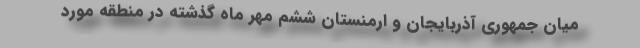
میان جمهوری آذربایجان و ارمنستان ششم مهر ماه گذشته در منطقه مورد